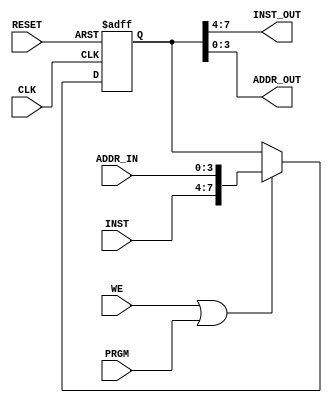
module InstructionReg	(
	output		[3:0] INST_OUT,
	output		[3:0] ADDR_OUT,	
	input			[3:0] ADDR_IN,		// Address for EEPROM
	input			[3:0] INST,			// Instruction
	input					WE,
	input					PRGM,
	input 				CLK,
	input					RESET
);

reg [7:0] IR_DATA;	
			
assign INST_OUT = IR_DATA[7:4];
assign ADDR_OUT = IR_DATA[3:0];

always @(posedge CLK or posedge RESET) begin
	if (RESET)
		IR_DATA <= 8'b0;
	else if (WE || PRGM) 
		IR_DATA <= {INST,ADDR_IN};
end

endmodule